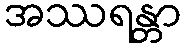
အဿရန္တာ